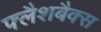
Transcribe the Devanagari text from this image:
फ्लैशबैक्स